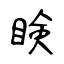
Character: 𥇥